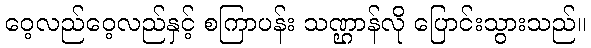
ဝေ့လည်ဝေ့လည်နှင့် စကြာပန်း သဏ္ဌာန်လို ပြောင်းသွားသည်။